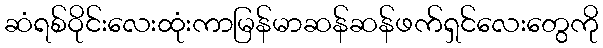
ဆံရစ်ဝိုင်းလေးထုံးကာမြန်မာဆန်ဆန်ဖက်ရှင်လေးတွေကို